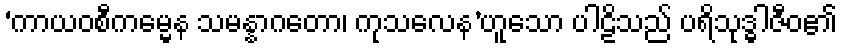
‘ကာယဝစီကမ္မေန သမန္နာဂတော၊ ကုသလေန’ဟူသော ပါဠိသည် ပရိသုဒ္ဓါဇီဝ၏